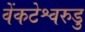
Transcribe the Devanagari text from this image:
वेंकटेश्वरुडु